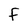
Character: f